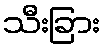
သီးခြား